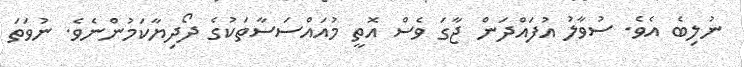
ނުލިބެ އެވެ. ސުވާލު އުފައްދަން ޖާގަ ވެސް އޮތީ މުއައްސަސާތަކުގެ ދޯދިޔާކަމުންނެވެ. ނުވަތަ